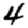
Digit: 4